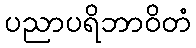
ပညာပရိဘာဝိတံ